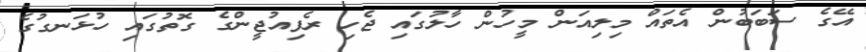
އޭގެ ސަބަބުން އެތައް މިލިއަން މީހުން ހާލުގައި ޖެހި ރެފިއުޖީންގެ ގޮތުގައި ހުޅަނގުގެ